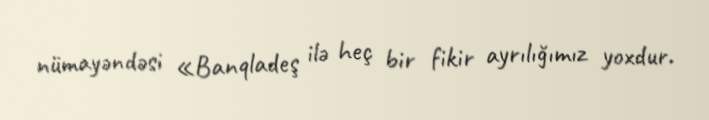
nümayəndəsi «Banqladeş ilə heç bir fikir ayrılığımız yoxdur.